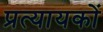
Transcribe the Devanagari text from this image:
प्रत्यायकों